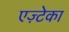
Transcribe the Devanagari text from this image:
एज़्टेका